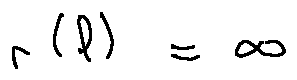
r ( l ) = \infty